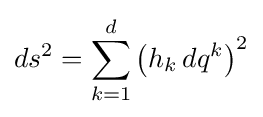
ds^{2}=\sum _{k=1}^{d}\left(h_{k}\,dq^{k}\right)^{2}